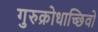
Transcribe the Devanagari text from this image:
गुरुक्रोधाच्छिवो